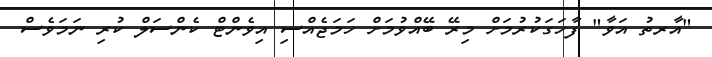
"އާރތު އަވާ" ފާހަގަކުރުމަށް މިރޭ ބޭއްވުމަށް ހަމަޖެއްސި އިވެންޓް ކެންސަލް ކުރި ނަމަވެސް